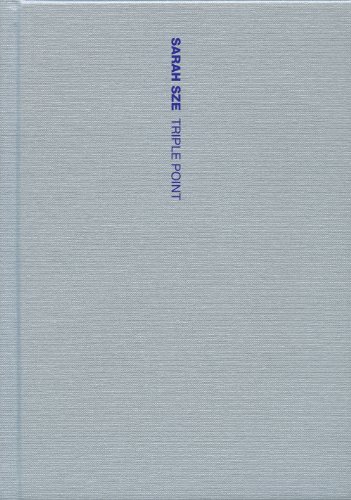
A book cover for Sarah Sze: Triple Point; Johanna Burton; Arts & Photography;